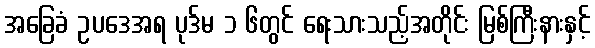
အခြေခံ ဥပဒေအရ ပုဒ်မ ၁ ၆တွင် ရေးသားသည့်အတိုင်း မြစ်ကြီးနားနှင့်